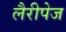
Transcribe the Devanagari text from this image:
लैरीपेज